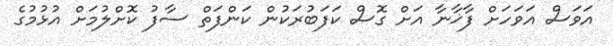
އަވަސް އަވަހަށް ފާޚާނާ އަށް ގޮސް ކަފަބުރަކުން ކަންފަތް ސާފު ކޮށްލުމަށް އުޅުމުގެ